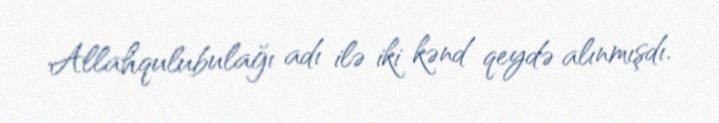
Allahqulubulağı adı ilə iki kənd qeydə alınmışdı.